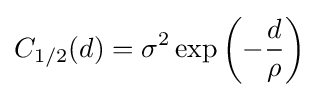
C_{1/2}(d)=\sigma ^{2}\exp \left(-{\frac {d}{\rho }}\right)